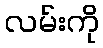
လမ်းကို